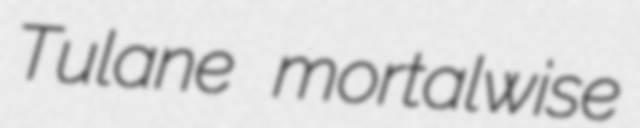
Tulane mortalwise